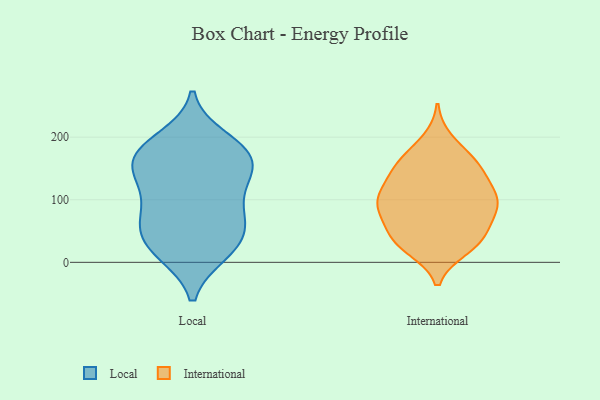
{"axis": {"x": "LTV (USD)", "y": "Value"}, "legend": ["International", "Local"], "data": [{"x": "", "y": 23, "type": "Local"}, {"x": "", "y": 126, "type": "Local"}, {"x": "", "y": 152, "type": "Local"}, {"x": "", "y": 126, "type": "Local"}, {"x": "", "y": 141, "type": "Local"}, {"x": "", "y": 16, "type": "Local"}, {"x": "", "y": 74, "type": "Local"}, {"x": "", "y": 169, "type": "Local"}, {"x": "", "y": 69, "type": "Local"}, {"x": "", "y": 197, "type": "Local"}, {"x": "", "y": 15, "type": "Local"}, {"x": "", "y": 86, "type": "Local"}, {"x": "", "y": 47, "type": "Local"}, {"x": "", "y": 176, "type": "Local"}, {"x": "", "y": 52, "type": "Local"}, {"x": "", "y": 173, "type": "Local"}, {"x": "", "y": 180, "type": "Local"}, {"x": "", "y": 194, "type": "International"}, {"x": "", "y": 161, "type": "International"}, {"x": "", "y": 109, "type": "International"}, {"x": "", "y": 132, "type": "International"}, {"x": "", "y": 29, "type": "International"}, {"x": "", "y": 151, "type": "International"}, {"x": "", "y": 105, "type": "International"}, {"x": "", "y": 40, "type": "International"}, {"x": "", "y": 39, "type": "International"}, {"x": "", "y": 88, "type": "International"}, {"x": "", "y": 96, "type": "International"}, {"x": "", "y": 85, "type": "International"}, {"x": "", "y": 118, "type": "International"}, {"x": "", "y": 56, "type": "International"}, {"x": "", "y": 161, "type": "International"}, {"x": "", "y": 156, "type": "International"}, {"x": "", "y": 83, "type": "International"}, {"x": "", "y": 23, "type": "International"}, {"x": "", "y": 87, "type": "International"}, {"x": "", "y": 31, "type": "International"}]}